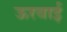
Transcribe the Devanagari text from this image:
ऊरवाई